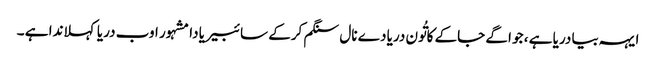
ایہہ بیا دریا ہے ، جو اگے جاکے کاتُون دریا دے نال سنگم کرکے سائبیریا دا مشہور اوب دریا کہلاندا ہے ۔